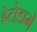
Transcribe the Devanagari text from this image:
हेटौडामे